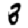
Digit: 3